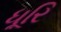
ધૂરિ